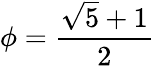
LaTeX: \phi={\frac{{\sqrt{5}}+1}{2}}